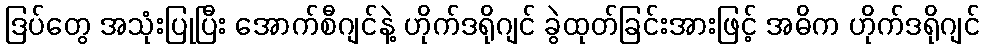
ဒြပ်တွေ အသုံးပြုပြီး အောက်စီဂျင်နဲ့ ဟိုက်ဒရိုဂျင် ခွဲထုတ်ခြင်းအားဖြင့် အဓိက ဟိုက်ဒရိုဂျင်